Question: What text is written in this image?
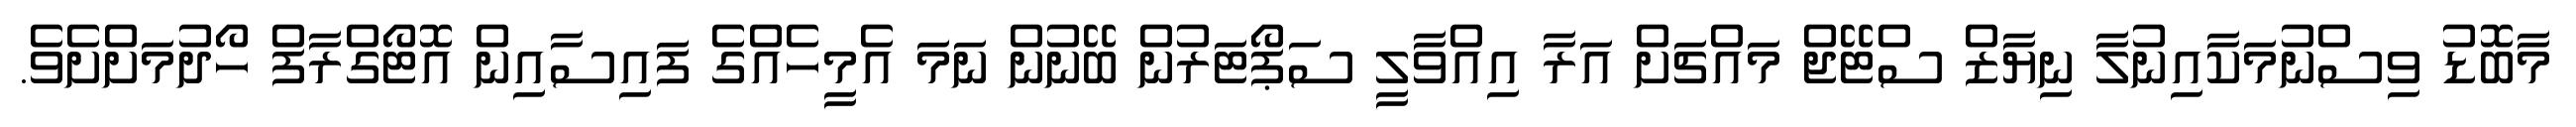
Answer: މާބޮޑު ވިސްނުމަކާއިނުލާ ނިޔާޒް ސްޓޭޖް މައްޗަށް އަރާ އިއްވާލީ ސަޕޯޓަރުން ބޭނުން ނަމަ އެމީހެއްގެ ފައިސާއިން އޮޓޯގްރާފް ހޯދުމަށްށެވެ.